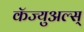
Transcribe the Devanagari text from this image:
कॅज्युअल्स्